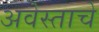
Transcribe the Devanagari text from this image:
अवेस्ताचे